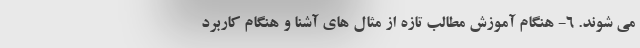
می شوند. 6- هنگام آموزش مطالب تازه از مثال های آشنا و هنگام کاربرد